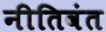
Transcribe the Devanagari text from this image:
नीतिवंत